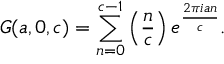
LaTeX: G ( a , 0 , c ) = \sum _ { n = 0 } ^ { c - 1 } \left( { \frac { n } { c } } \right) e ^ { \frac { 2 \pi i a n } { c } } .